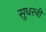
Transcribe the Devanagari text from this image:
सुधरनी